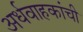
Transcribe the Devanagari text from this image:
अर्धवाहकांची